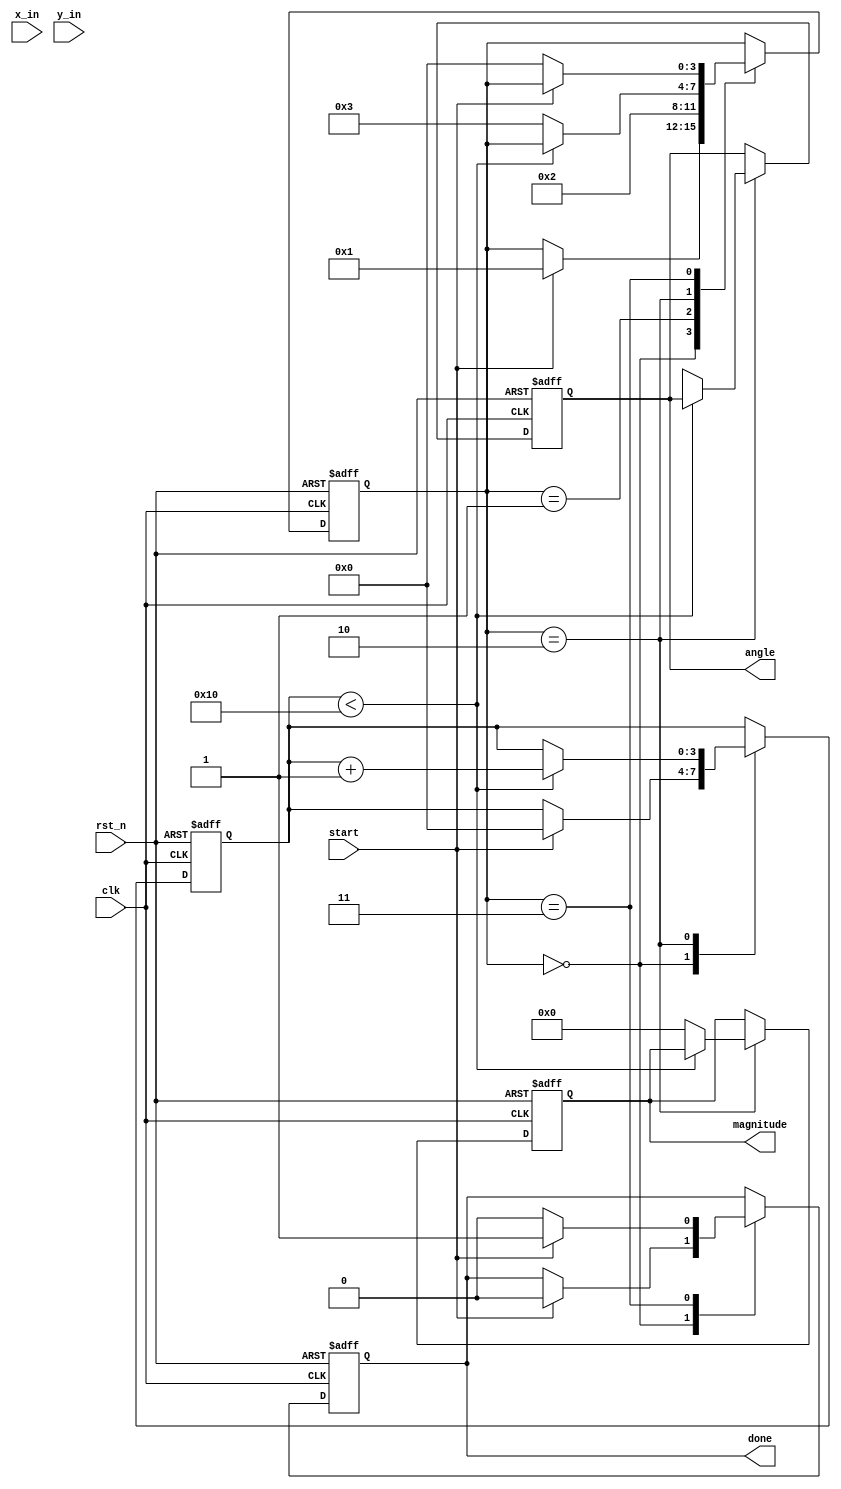
module CORDIC_Vectoring(
    input wire clk,
    input wire rst_n,
    input wire start,
    input wire signed [15:0] x_in, // Fixed-point representation of x
    input wire signed [15:0] y_in, // Fixed-point representation of y
    output reg signed [15:0] angle, // Resulting angle
    output reg signed [15:0] magnitude, // Resulting magnitude
    output reg done // Indicates the operation is complete
);

    // CORDIC parameters
    parameter NUM_ITERATIONS = 16; // Number of iterations
    reg signed [15:0] x[0:NUM_ITERATIONS-1]; // x values
    reg signed [15:0] y[0:NUM_ITERATIONS-1]; // y values
    reg signed [15:0] z[0:NUM_ITERATIONS-1]; // Angle values
    reg [3:0] iteration; // Current iteration index
    reg [3:0] state; // State for the control unit
    reg [15:0] angle_table[0:NUM_ITERATIONS-1]; // Lookup table for arctan values

    // Initializing angle table
    initial begin
        angle_table[0] = 16'h1C71; // atan(2^0) in fixed-point
        angle_table[1] = 16'h0F32; // atan(2^-1)
        angle_table[2] = 16'h07A1; // atan(2^-2)
        angle_table[3] = 16'h03D9; // atan(2^-3)
        angle_table[4] = 16'h01FB; // atan(2^-4)
        angle_table[5] = 16'h00FF; // atan(2^-5)
        angle_table[6] = 16'h007F; // atan(2^-6)       
        // Add further values as needed to complete the table
    end

    // Control unit states
    parameter IDLE = 0;
    parameter INIT = 1;
    parameter ROTATE = 2;
    parameter DONE = 3;
    
    // Scaling factor (for compensation) - can be optimized based on iterations
    parameter K = 16'h1D34; // Approximately 0.607

    // Always block for the control unit and CORDIC calculations
    always @(posedge clk or negedge rst_n) begin
        if (!rst_n) begin
            angle <= 0;
            magnitude <= 0;
            done <= 0;
            iteration <= 0;
            state <= IDLE;
        end else begin
            case (state)
                IDLE: begin
                    if (start) begin
                        // Initialize inputs
                        x[0] <= x_in;
                        y[0] <= y_in;
                        z[0] <= 0;
                        iteration <= 0;
                        state <= INIT;
                        done <= 0;
                    end
                end
                INIT: begin
                    // Start iterations
                    state <= ROTATE;
                end
                ROTATE: begin
                    if (iteration < NUM_ITERATIONS) begin
                        if (y[iteration] < 0) begin
                            // Rotate clockwise
                            x[iteration + 1] <= x[iteration] + (y[iteration] >>> iteration);
                            y[iteration + 1] <= y[iteration] - (x[iteration] >>> iteration);
                            z[iteration + 1] <= z[iteration] - angle_table[iteration];
                        end else begin
                            // Rotate counterclockwise
                            x[iteration + 1] <= x[iteration] - (y[iteration] >>> iteration);
                            y[iteration + 1] <= y[iteration] + (x[iteration] >>> iteration);
                            z[iteration + 1] <= z[iteration] + angle_table[iteration];
                        end

                        iteration <= iteration + 1;
                    end else begin
                        // Final adjustments and scaling
                        magnitude <= (x[NUM_ITERATIONS] * K) >>> (NUM_ITERATIONS); // Apply scaling
                        angle <= z[NUM_ITERATIONS]; // Final angle
                        state <= DONE;
                    end
                end
                DONE: begin
                    done <= 1; // Operation complete
                    if (!start) begin
                        state <= IDLE; // Ready for the next input
                        done <= 0; // Reset done flag
                    end
                end
            endcase
        end
    end
endmodule